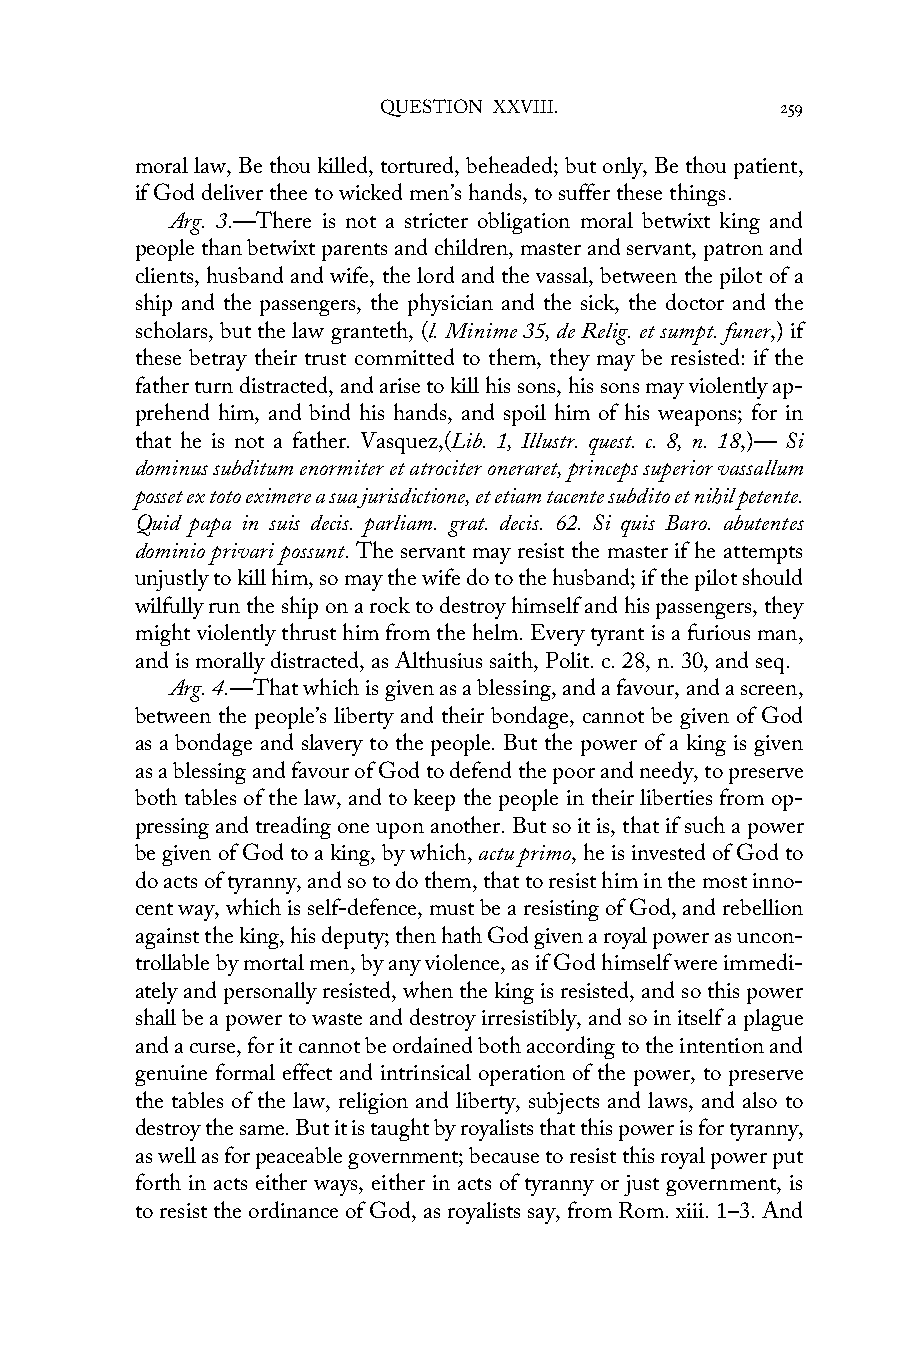
QUESTION XXVIII.           259
 moral law, Be thou killed, tortured, beheaded; but only, Be thou patient,
 if God deliver thee to wicked men’s hands, to suffer these things.
 Arg. 3.—There is not a stricter obligation moral betwixt king and
 people than betwixt parents and children, master and servant, patron and
 clients, husband and wife, the lord and the vassal, between the pilot of a
 ship and the passengers, the physician and the sick, the doctor and the
 scholars, but the law granteth, (l. Minime 35, de Relig. et sumpt. funer,) if
 these betray their trust committed to them, they may be resisted: if the
 father turn distracted, and arise to kill his sons, his sons may violently ap-
 prehend him, and bind his hands, and spoil him of his weapons; for in
 that he is not a father. Vasquez,(Lib. 1, Illustr. quest. c. 8, n. 18,)— Si
 dominus subditum enormiter et atrociter oneraret, princeps superior vassallum
 posset ex toto eximere a sua jurisdictione, et etiam tacente subdito et nihil petente.
 Quid papa in suis decis. parliam. grat. decis. 62. Si quis Baro. abutentes
 dominio privari possunt. The servant may resist the master if he attempts
 unjustly to kill him, so may the wife do to the husband; if the pilot should
 wilfully run the ship on a rock to destroy himself and his passengers, they
 might violently thrust him from the helm. Every tyrant is a furious man,
 and is morally distracted, as Althusius saith, Polit. c. 28, n. 30, and seq.
 Arg. 4.—That which is given as a blessing, and a favour, and a screen,
 between the people’s liberty and their bondage, cannot be given of God
 as a bondage and slavery to the people. But the power of a king is given
 as a blessing and favour of God to defend the poor and needy, to preserve
 both tables of the law, and to keep the people in their liberties from op-
 pressing and treading one upon another. But so it is, that if such a power
 be given of God to a king, by which, actu primo, he is invested of God to
 do acts of tyranny, and so to do them, that to resist him in the most inno-
 cent way, which is self-defence, must be a resisting of God, and rebellion
 against the king, his deputy; then hath God given a royal power as uncon-
 trollable by mortal men, by any violence, as if God himself were immedi-
 ately and personally resisted, when the king is resisted, and so this power
 shall be a power to waste and destroy irresistibly, and so in itself a plague
 and a curse, for it cannot be ordained both according to the intention and
 genuine formal effect and intrinsical operation of the power, to preserve
 the tables of the law, religion and liberty, subjects and laws, and also to
 destroy the same. But it is taught by royalists that this power is for tyranny,
 as well as for peaceable government; because to resist this royal power put
 forth in acts either ways, either in acts of tyranny or just government, is
 to resist the ordinance of God, as royalists say, from Rom. xiii. 1–3. And